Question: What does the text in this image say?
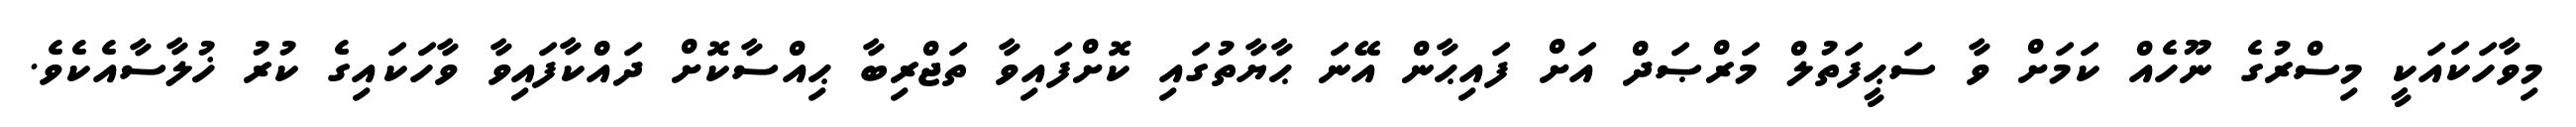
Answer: މިވާހަކައަކީ މިސްރުގެ ނޫހެއް ކަމަށް ވާ ސަޙީފަތުލް މަރްޞަދް އަށް ފައިޙާން އޭނަ ޙާޔާތުގައި ކޮށްފައިވާ ތަޖްރިބާ ޙިއްސާކޮށް ދައްކާފައިވާ ވާހަކައިގެ ކުރު ޚުލާސާއެކެވެ.